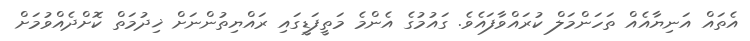
އެތައް އަނިޔާއެއް ތަހަންމަލް ކުރައްވާފައެވެ. ގައުމުގެ އެންމެ މަތީފަޑީގައި ރައްޔިތުންނަށް ޚިދުމަތް ކޮށްދެއްވުމަށް